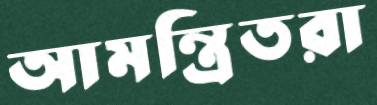
আমন্ত্রিতরা